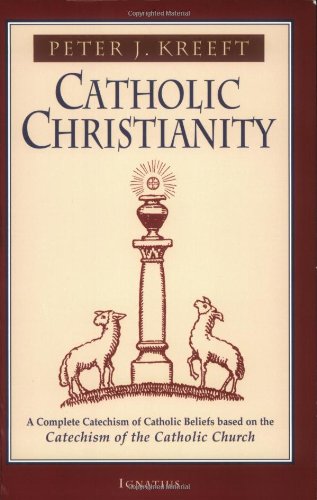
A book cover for Catholic Christianity: A Complete Catechism of Catholic Church Beliefs Based on the Catechism of the Catholic Church; Peter Kreeft; Christian Books & Bibles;